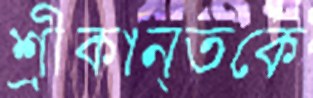
শ্রীকান্তকে